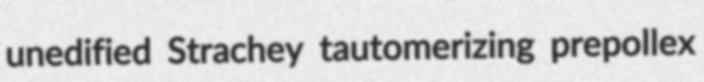
unedified Strachey tautomerizing prepollex